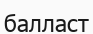
балласт